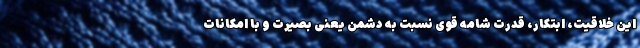
این خلاقیت، ابتکار، قدرت شامه قوی نسبت به دشمن یعنی بصیرت و با امکانات